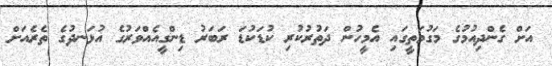
އަށް ގެންދިއުމުގެ މަގުމަތީގައި އެމީހުން ދަތުރުކުރި ކުޑަކުޑަ ރަބަރު ޑިންގީއެއްވަރުގެ އުޅަނދުގެ ތެރެއަށް